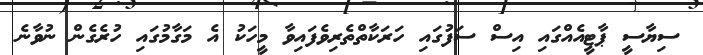
ސިޔާސީ ޕާޓީއެއްގައި އިސް ސަފުގައި ހަރަކާތްތެރިވެފައިވާ މީހަކު އެ މަގާމުގައި ހުރެގެން ނުވާނެ